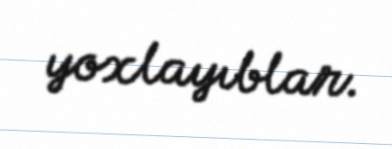
yoxlayıblar.